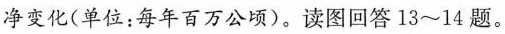
净变化(单位：每年百万公顷)。读图回答13~14题。